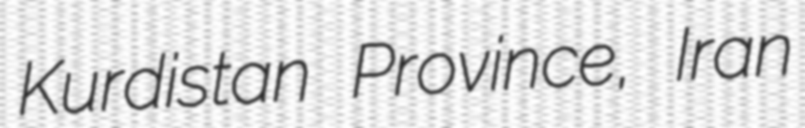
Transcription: Kurdistan Province, Iran